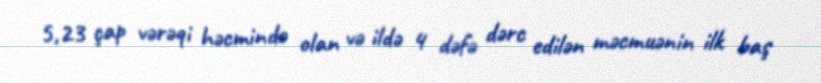
5,23 çap vərəqi həcmində olan və ildə 4 dəfə dərc edilən məcmuənin ilk baş